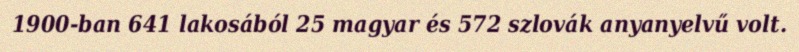
1900-ban 641 lakosából 25 magyar és 572 szlovák anyanyelvű volt.